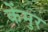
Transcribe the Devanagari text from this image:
केंमुर